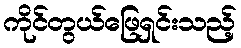
ကိုင်တွယ်ဖြေရှင်းသည့်